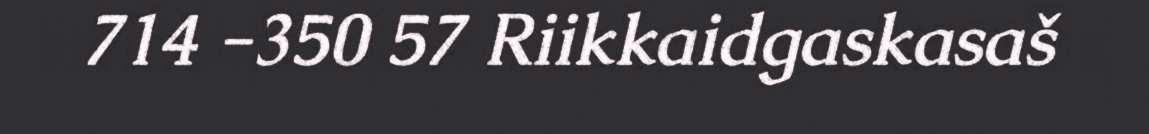
714 -350 57 Riikkaidgaskasaš